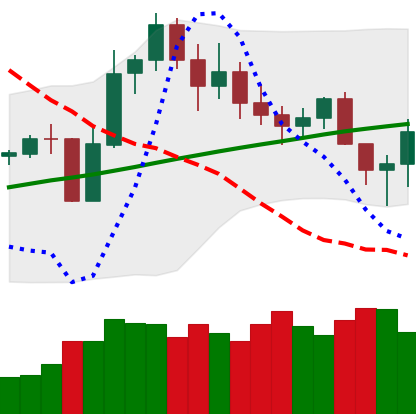
Ticker: LINK-USD
Chart end date: 2020-11-05
Forward return: 18.314%
Label: up_7plus